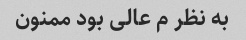
به نظر م عالی بود ممنون